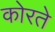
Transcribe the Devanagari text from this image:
कोरते